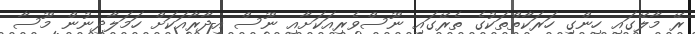
ރޭ މާލޭގައި ހިންގި ހަރަކާތްތަކުގެ ތެރޭގައި ނޫސްވެރިއަކަށާއި ނޫސް އިދާރާއަކަށް ހަމަލާދިނުން މޫސާ